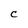
Character: C